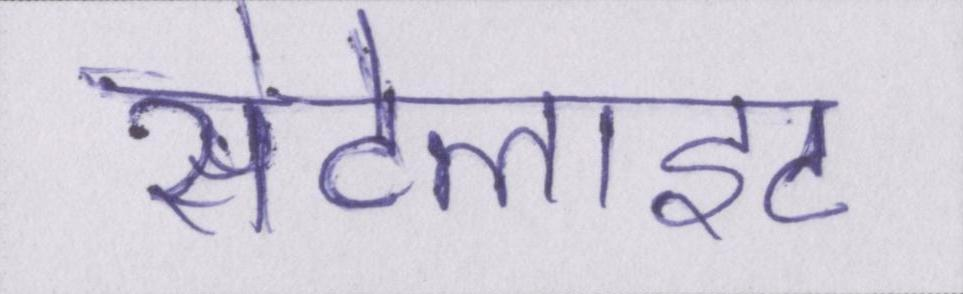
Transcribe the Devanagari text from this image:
सेटेलाइट